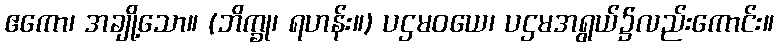
ဧကော၊ အချို့သော။ (ဘိက္ခု၊ ရဟန်း။) ပဌမဝယေ၊ ပဌမအရွယ်၌လည်းကောင်း။